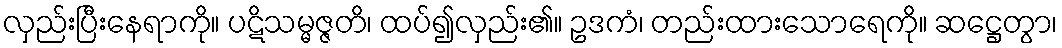
လှည်းပြီးနေရာကို။ ပဋိသမ္မဇ္ဇတိ၊ ထပ်၍လှည်း၏။ ဥဒကံ၊ တည်းထားသောရေကို။ ဆဋ္ဌေတွာ၊